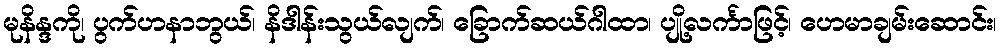
မုနိန္ဒကို၊ ပွက်ဟနာဘွယ်၊ နိဒါန်းသွယ်လျက်၊ ခြောက်ဆယ်ဂါထာ၊ ပျို့လင်္ကာဖြင့်၊ ဟေမာချမ်းဆောင်း၊